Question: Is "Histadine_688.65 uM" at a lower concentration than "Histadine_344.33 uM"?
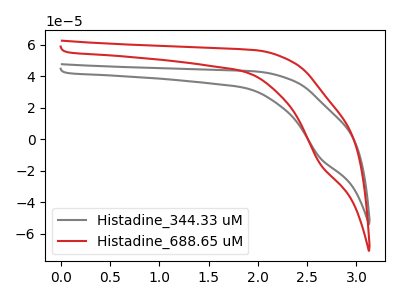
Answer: <think>The gray curve "Histadine_344.33 uM" has a cathodic peak at: (2.65V, -11.95uA). The red curve "Histadine_688.65 uM" has a cathodic peak at: (2.65V, -15.70uA).
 All the peaks in "Histadine_344.33 uM" have a peak in "Histadine_688.65 uM" at the same potential. Every peak in "Histadine_344.33 uM" is lower than every peak in "Histadine_688.65 uM".</think>
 <answer>"Histadine_344.33 uM" has less signal than "Histadine_688.65 uM" and so likely has a lower concentration.</answer>
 <eval>less_concentration</eval>